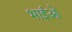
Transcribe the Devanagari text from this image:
भाईओं